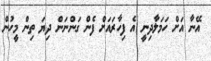
އޭނާ އަށް ހަމަލާދިނީ އެ ފިހާރައަށް ފެން ގަންނަން ދިޔަ ތިން މީހުން